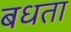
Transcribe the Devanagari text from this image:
बधता